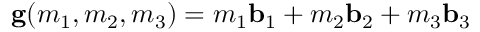
\mathbf { g } ( m _ { 1 } , m _ { 2 } , m _ { 3 } ) = m _ { 1 } \mathbf { b } _ { 1 } + m _ { 2 } \mathbf { b } _ { 2 } + m _ { 3 } \mathbf { b } _ { 3 }